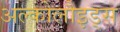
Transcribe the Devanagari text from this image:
अल्कोलौइड्स